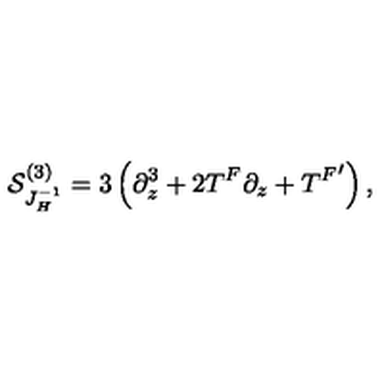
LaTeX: { \cal S } _ { J _ { H } ^ { - 1 } } ^ { ( 3 ) } = 3 \left( \partial _ { z } ^ { 3 } + 2 T ^ { F } \partial _ { z } + { T ^ { F } } ^ { \prime } \right) ,